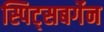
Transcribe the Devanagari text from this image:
स्पिट्सबर्गेन